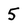
Character: 5